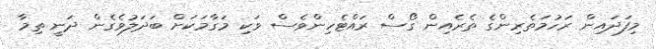
މިފަދައިން ރަހުމަތެރިންގެ ތެރެއިން ގޯސް ރައްޓެހިންވެސް ވަކި މަގާމަކަށް ބަދަލުވެގެން ދަނީ ތިމާ